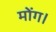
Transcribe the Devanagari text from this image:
मोंग।